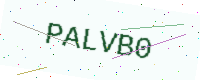
Text: PALVB0